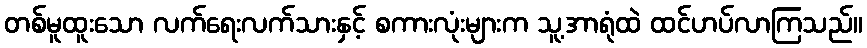
တစ်မူထူးသော လက်ရေးလက်သားနှင့် စကားလုံးများက သူ့အာရုံထဲ ထင်ဟပ်လာကြသည်။